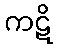
ကဋိ